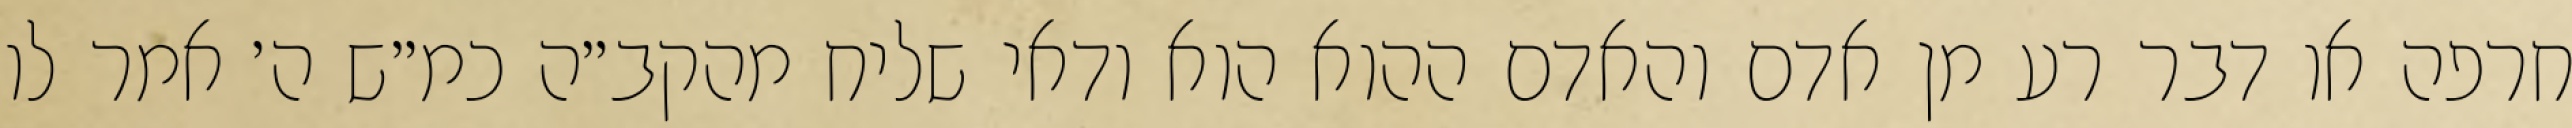
חרפה או דבר רע מן אדם והאדם ההוא הוא ודאי שליח מהקב״ה כמ״ש ה׳ אמר לו